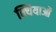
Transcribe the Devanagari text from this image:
क्यियाओं